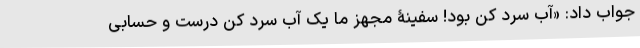
جواب داد: «آب سرد کن بود! سفینۀ مجهز ما یک آب سرد کن درست و حسابی